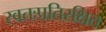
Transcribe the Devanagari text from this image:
स्वतःप्रतिरक्षित